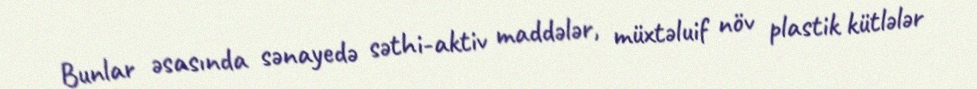
Bunlar əsasında sənayedə səthi-aktiv maddələr, müxtəluif növ plastik kütlələr